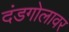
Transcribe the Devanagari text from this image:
दंडगोलावर